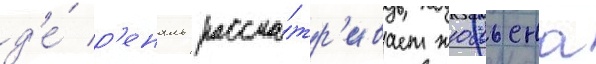
д'е́ р'еналь рассма́тр'ивает жюльена